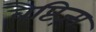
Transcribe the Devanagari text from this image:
बैप्टिज़्म